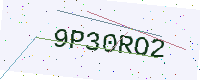
Text: 9P30RO2